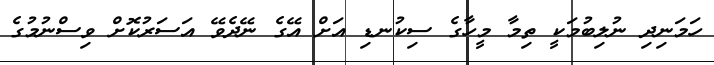
ހަމަނިދި ނުލިބުމަކީ ތިމާ މީހާގެ ސިކުނޑި އަށް އޭގެ ނޭދެވޭ އަސަރުކޮށް ވިސްނުމުގެ